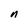
Character: n